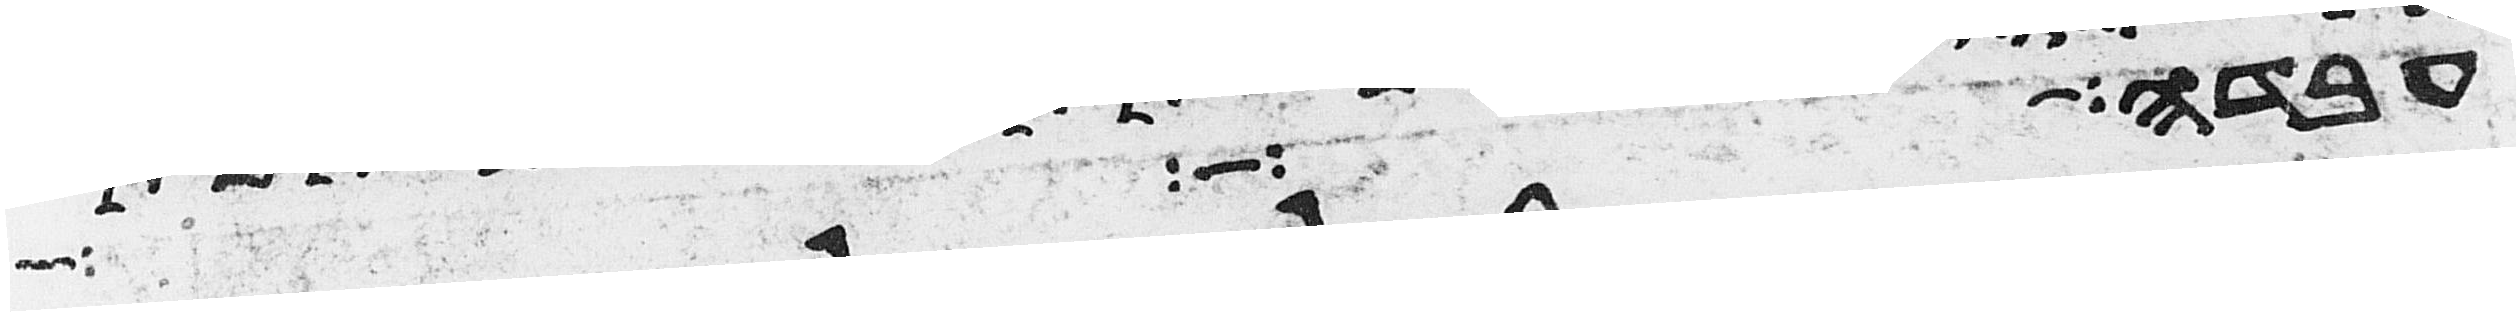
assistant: עבדו את יהוה